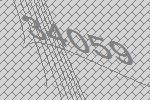
34059